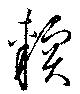
輭